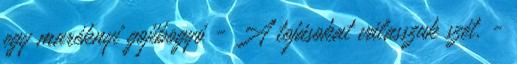
egy maréknyi gojibogyó - A tojásokat válasszuk szét. -